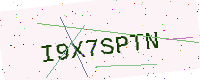
Text: I9X7SPTN